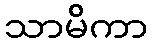
သာမိကာ